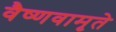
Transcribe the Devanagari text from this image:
वैष्णवामृते